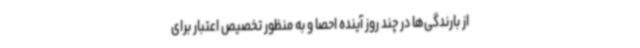
از بارندگی‌ها در چند روز آینده احصا و به ‌منظور تخصیص اعتبار برای